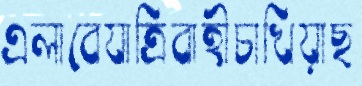
এলাবেযাত্রিবাহীচাখিয়াছ